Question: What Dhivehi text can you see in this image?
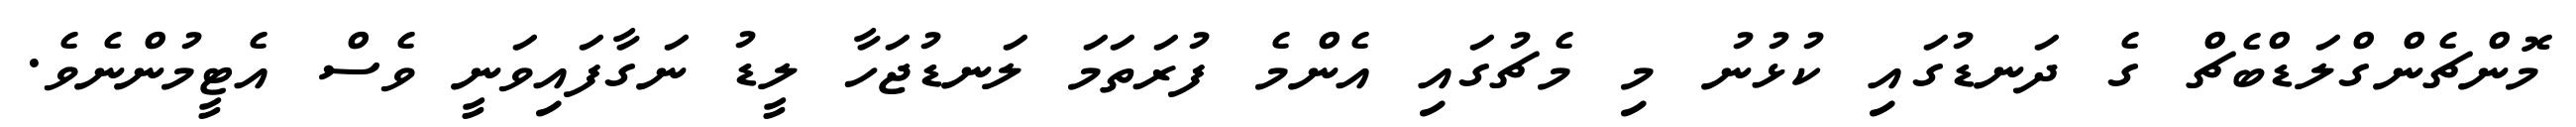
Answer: މޮންޗެންގްލަޑްބެޗް ގެ ދަނޑުގައި ކުޅުނު މި މެޗުގައި އެންމެ ފުރަތަމަ ލަނޑުޖަހާ ލީޑު ނަގާފައިވަނީ ވެސް އެޓީމުންނެވެ.